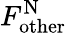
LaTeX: F_{\mathrm{other}}^{\mathrm{N}}